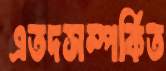
এতদসম্পর্কিত